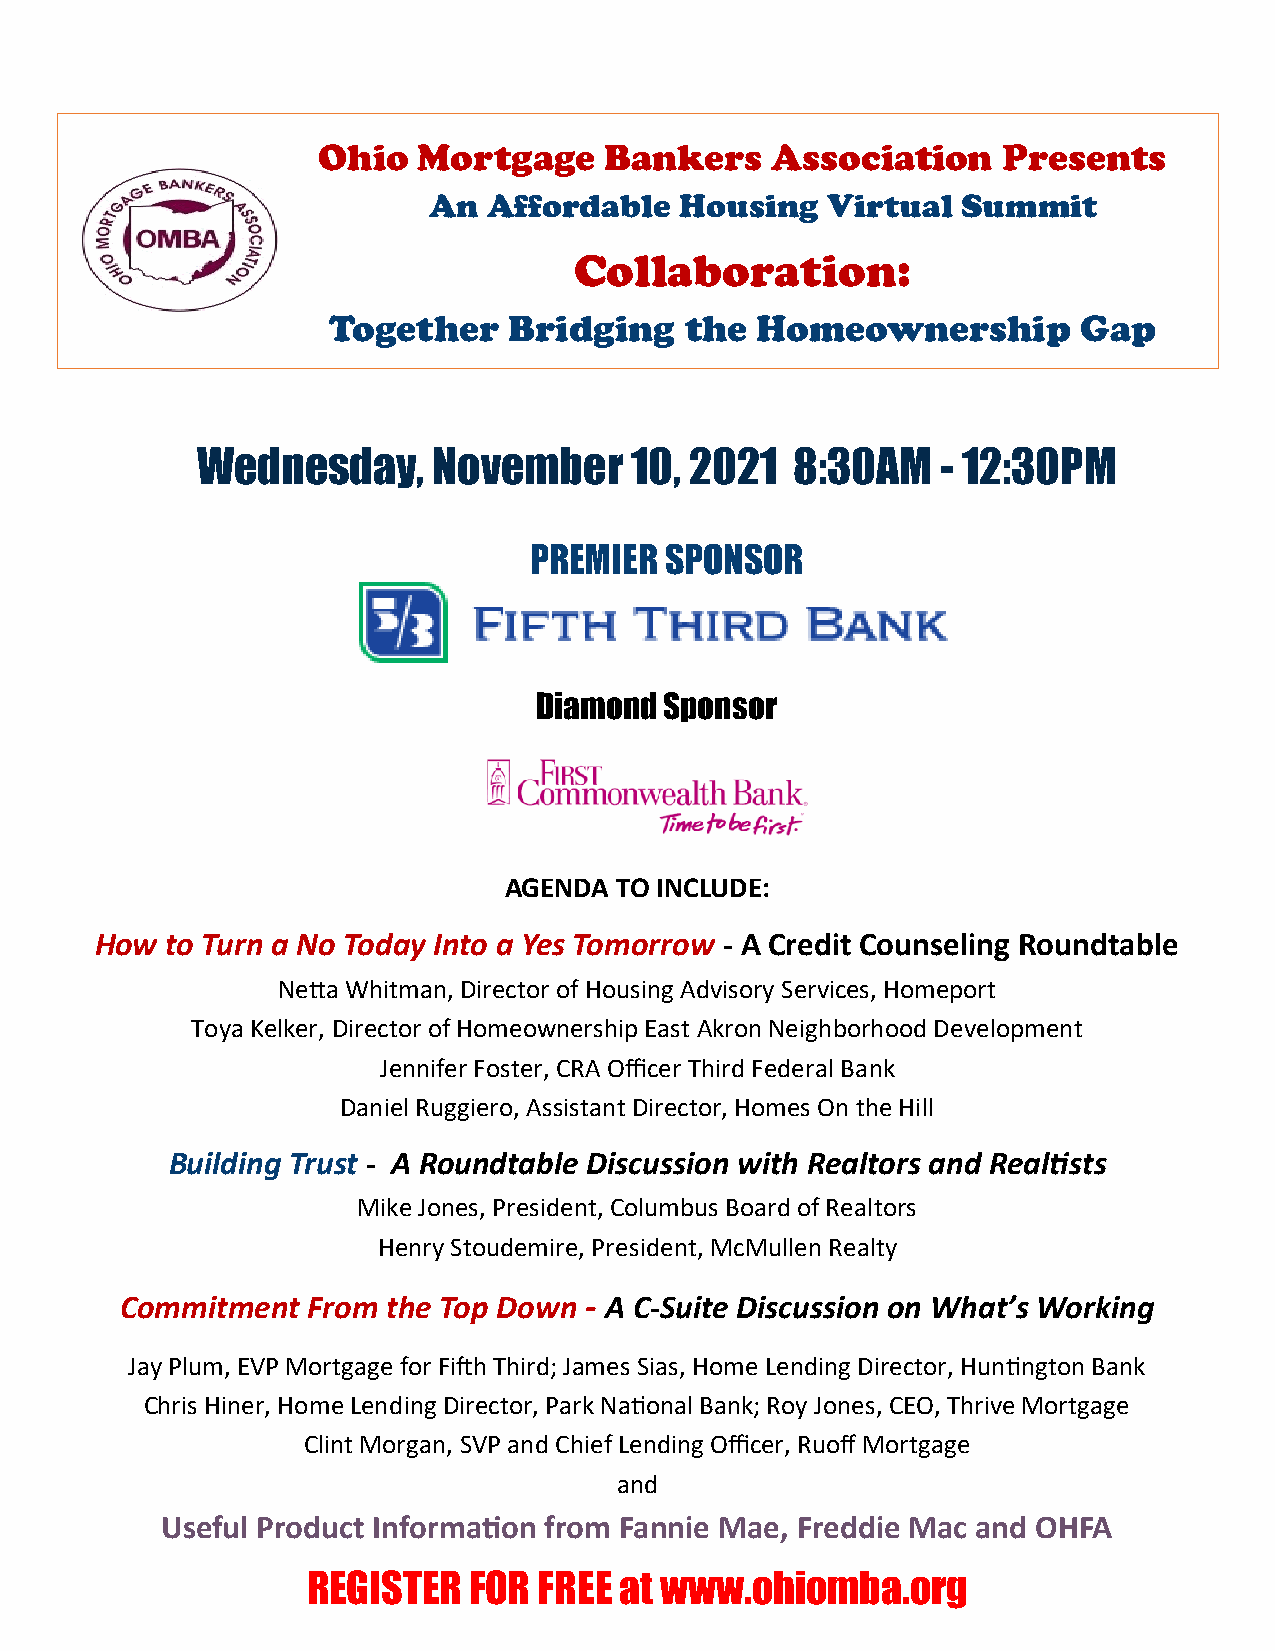
Ohio   Mortgage    Bankers    Association    Presents
 An  Affordable   Housing   Virtual  Summit
 Collaboration:
 Together    Bridging   the  Homeownership        Gap
 Wednesday,      November     10, 2021   8:30AM   - 12:30PM
 PREMIER  SPONSOR
 Diamond  Sponsor
 AGENDA  TO INCLUDE:
 How  to Turn a No Today Into a Yes Tomorrow - A Credit Counseling Roundtable
 Netta Whitman, Director of Housing Advisory Services, Homeport
 Toya Kelker, Director of Homeownership East Akron Neighborhood Development
 Jennifer Foster, CRA Officer Third Federal Bank
 Daniel Ruggiero, Assistant Director, Homes On the Hill
 Building Trust - A Roundtable Discussion with Realtors and Realtists
 Mike Jones, President, Columbus Board of Realtors
 Henry Stoudemire, President, McMullen Realty
 Commitment  From  the Top Down - A C-Suite Discussion on What’s Working
 Jay Plum, EVP Mortgage for Fifth Third; James Sias, Home Lending Director, Huntington Bank
 Chris Hiner, Home Lending Director, Park National Bank; Roy Jones, CEO, Thrive Mortgage
 Clint Morgan, SVP and Chief Lending Officer, Ruoff Mortgage
 and
 Useful Product Information from Fannie Mae, Freddie Mac and OHFA
 REGISTER   FOR  FREE at www.ohiomba.org